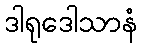
ဒါရုဒေါသာနံ